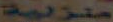
منزلية